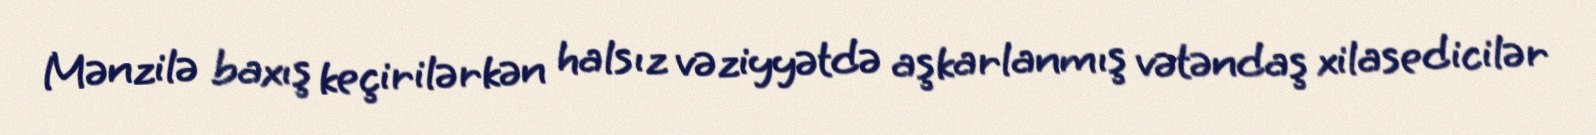
Mənzilə baxış keçirilərkən halsız vəziyyətdə aşkarlanmış vətəndaş xilasedicilər